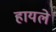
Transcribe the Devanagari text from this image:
हायले